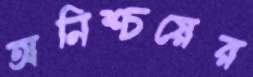
অনিশ্চয়ের